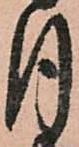
月